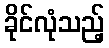
ခိုင်လုံသည့်